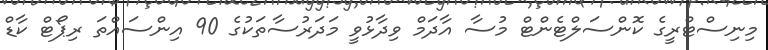
މިނިސްޓްރީގެ ކޮންސަލްޓެންޓް މުސާ އާދަމް ވިދާޅުވީ މަދަރުސާތަކުގެ 90 އިންސައްތަ ރިޕޯޓް ކާޑް